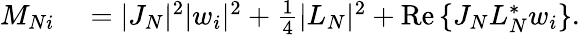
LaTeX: \begin{array}{rl}{M_{Ni}}&{{}=|J_{N}|^{2}|w_{i}|^{2}+\frac{1}{4}|L_{N}|^{2}+\operatorname{Re}{\{ J_{N}L_{N}^{*}w_{i}\} }.}\end{array}